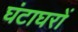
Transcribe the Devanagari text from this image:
घंटाघरों